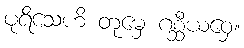
ပုရိသေဟိ တုမှေ ဂစ္ဆီယဝှေ။